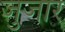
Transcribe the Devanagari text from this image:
जुजार